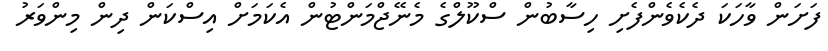
ފަށަން ވާހަކަ ދެކެވެންފެށި ހިސާބުން ސްކޫލްގެ މެނޭޖްމަންޓުން އެކަމަށް އިސްކަން ދިން މިންވަރު